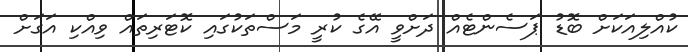
ކުއްލިއަކަށް ބޮޑު ޕަސެންޓެއް ދަށްވީ އޭގެ ކުރީ މަސްތަކުގައި ކޮޓަރިތައް ވިއްކި އަގަށް